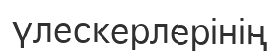
үлескерлерінің